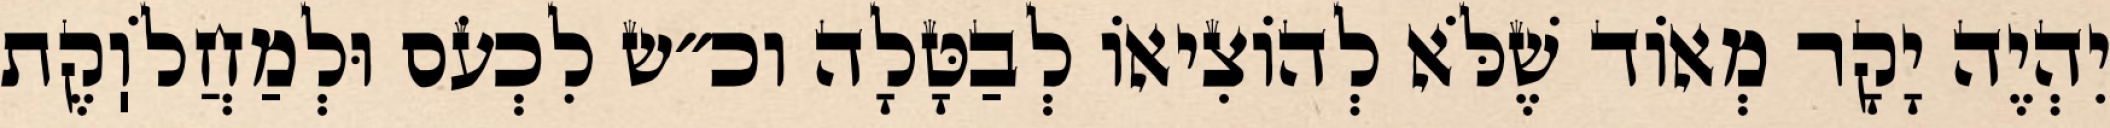
יִהְיֶה יָקָר מְאוֹד שֶׁלֹּא לְהוֹצִיאוֹ לְבַטָּלָה וכ״ש לִכְעֹס וּלְמַחֲלֹוֽקֶת